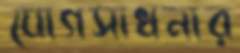
যোগসাধনার